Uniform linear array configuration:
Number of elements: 8
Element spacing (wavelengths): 0.25
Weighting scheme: uniform
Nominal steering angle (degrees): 0
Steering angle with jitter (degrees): -1.466
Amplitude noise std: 0.05
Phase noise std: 0.05

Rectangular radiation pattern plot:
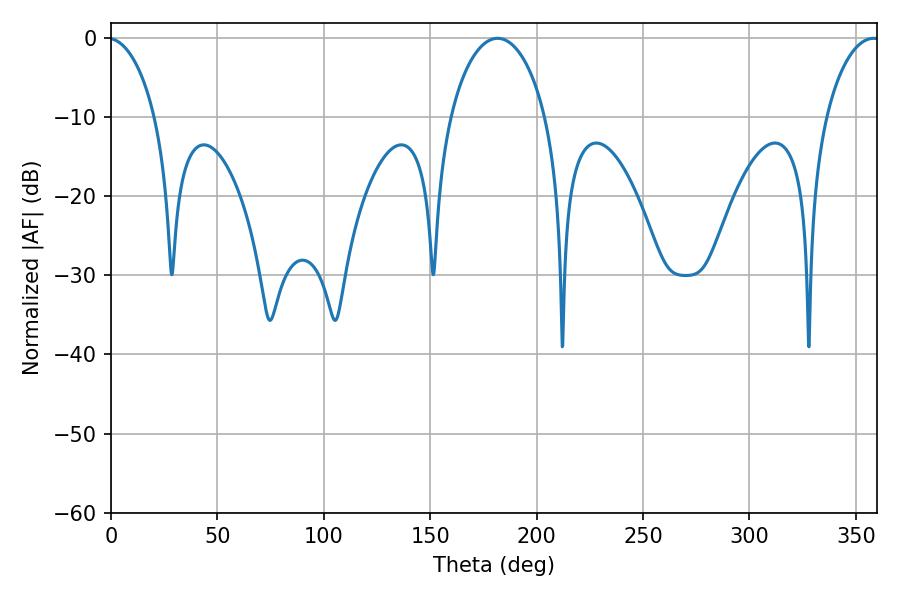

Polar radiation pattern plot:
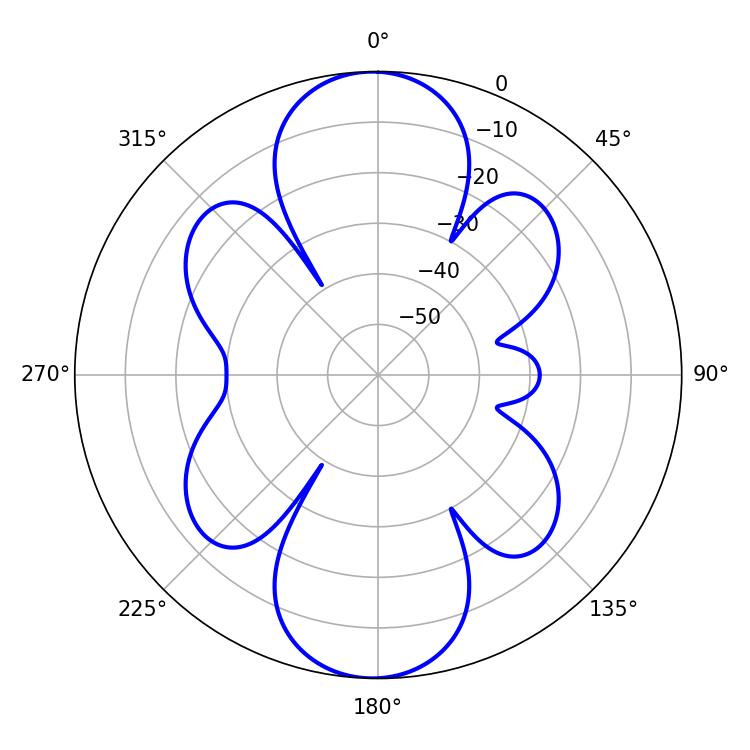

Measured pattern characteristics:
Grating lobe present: FALSE
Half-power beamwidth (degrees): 25.74
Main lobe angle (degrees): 181.62